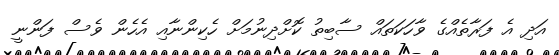
އަދި އެ ފަރާތެއްގެ ވާހަކަތައް ސާބިތު ކޮށްދިނުމަށް ހެކިންނާއި އެހެން ވެސް ފަންނީ